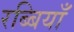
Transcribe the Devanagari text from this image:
रब्बियाँ